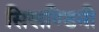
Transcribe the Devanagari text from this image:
सिखण्डिनी